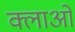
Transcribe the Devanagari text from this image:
क्लाओ